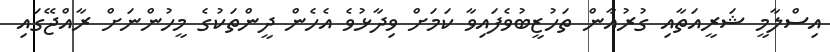
އިސްލާމީ ޝަރީއަތާއި ގުރުއާން ތަހުޒީބުވެފައިވާ ކަމަށް ވިދާޅުވެ އެހެން ދީންތަކުގެ މީހުންނަށް ރާއްޖޭގައި